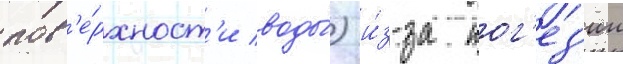
пов'е́рхност'и воды́) и́з-за ког'ез'ии